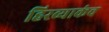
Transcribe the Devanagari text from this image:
हिरव्याकंच